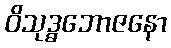
ဝိသုဒ္ဓဘောဇနော